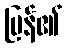
ပြန်၏